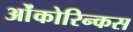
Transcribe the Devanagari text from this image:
ओंकोरिन्कस